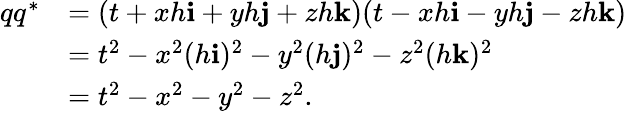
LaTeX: {\begin{array}{rl}{qq^{*}}&{=(t+xh\mathbf{i}+yh\mathbf{j}+zh\mathbf{k})(t-xh\mathbf{i}-yh\mathbf{j}-zh\mathbf{k})}\\ &{=t^{2}-x^{2}(h\mathbf{i})^{2}-y^{2}(h\mathbf{j})^{2}-z^{2}(h\mathbf{k})^{2}}\\ &{=t^{2}-x^{2}-y^{2}-z^{2}.}\end{array}}